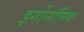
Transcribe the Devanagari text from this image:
इर्गोनॉमिक